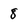
Character: 8